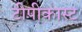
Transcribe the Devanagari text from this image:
टीपीकास्ट